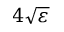
4 \sqrt \varepsilon